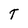
Character: T